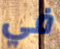
في